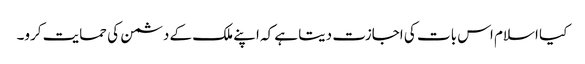
کیا اسلام اس بات کی اجازت دیتا ہے کہ اپنے ملک کے دشمن کی حمایت کرو۔